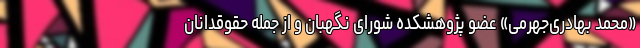
«محمد بهادری‌جهرمی» عضو پژوهشکده شورای نگهبان و از جمله حقوقدانان